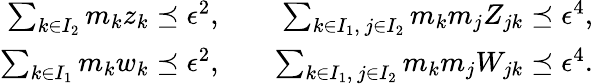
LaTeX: \begin{array}{rlr}{\sum_{k\in I_{2}}m_{k}z_{k}\preceq\epsilon^{2},}&{}&{\sum_{k\in I_{1},\ j\in I_{2}}m_{k}m_{j}Z_{jk}\preceq\epsilon^{4},}\\ {\sum_{k\in I_{1}}m_{k}w_{k}\preceq\epsilon^{2},}&{}&{\sum_{k\in I_{1},\ j\in I_{2}}m_{k}m_{j}W_{jk}\preceq\epsilon^{4}.}\end{array}